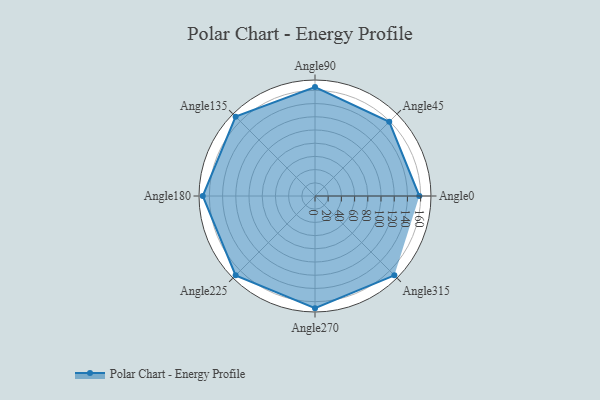
{"axis": {"x": "Angle", "y": "Radius"}, "legend": [""], "data": [{"x": "Angle0", "y": 158.0, "type": ""}, {"x": "Angle45", "y": 159.0, "type": ""}, {"x": "Angle90", "y": 165.0, "type": ""}, {"x": "Angle135", "y": 170, "type": ""}, {"x": "Angle180", "y": 170, "type": ""}, {"x": "Angle225", "y": 170, "type": ""}, {"x": "Angle270", "y": 170, "type": ""}, {"x": "Angle315", "y": 170, "type": ""}]}